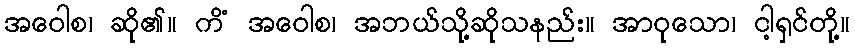
အဝေါစ၊ ဆို၏။ ကိံ အဝေါစ၊ အဘယ်သို့ဆိုသနည်း။ အာဝုသော၊ ငါ့ရှင်တို့။